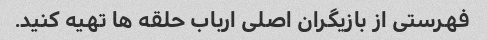
فهرستی از بازیگران اصلی ارباب حلقه ها تهیه کنید.